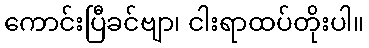
ကောင်းပြီခင်ဗျာ၊ ငါးရာထပ်တိုးပါ။